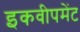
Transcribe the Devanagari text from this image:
इकवीपमेंट